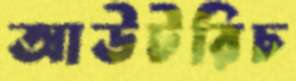
আউটরিচ